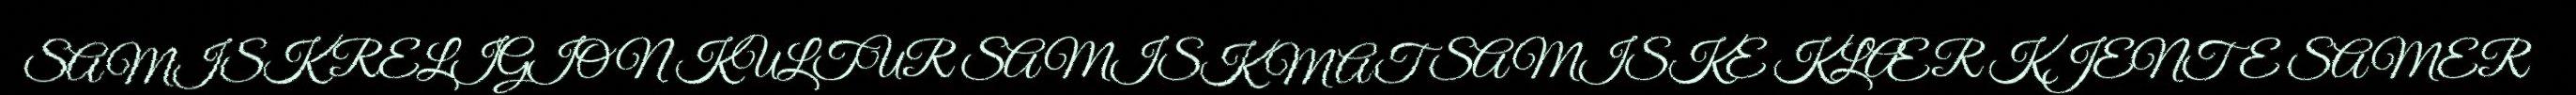
SAMISK RELIGION KULTUR SAMISK MAT SAMISKE KLÆR KJENTE SAMER